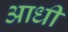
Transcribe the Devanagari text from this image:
अाधी